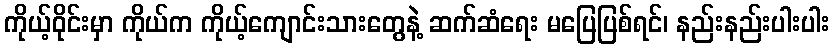
ကိုယ့်ဝိုင်းမှာ ကိုယ်က ကိုယ့်ကျောင်းသားတွေနဲ့ ဆက်ဆံရေး မပြေပြစ်ရင်၊ နည်းနည်းပါးပါး